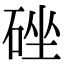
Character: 䂳